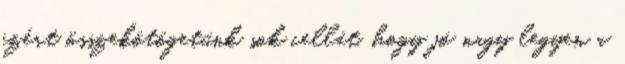
ezért összekötögetünk sok cellát, hogy jó nagy legyen a